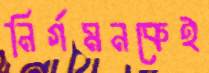
নির্গমনকেই